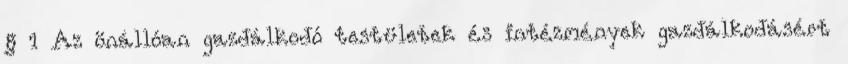
§ 1 Az önállóan gazdálkodó testületek és intézmények gazdálkodásért